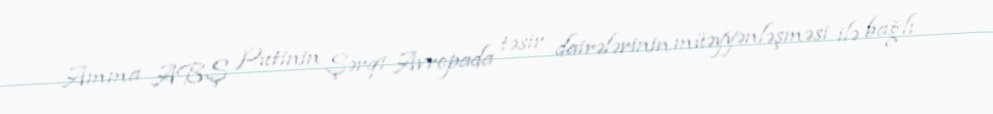
Amma ABŞ Putinin Şərqi Avropada təsir dairələrinin müəyyənləşməsi ilə bağlı